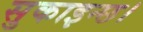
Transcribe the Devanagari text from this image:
सुकाइन्छ।